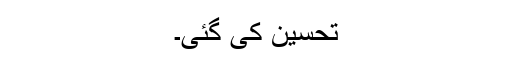
تحسین کی گئی۔